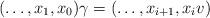
LaTeX: \begin{align*} (\ldots, x_1, x_0)\gamma = (\ldots, x_{i+1}, x_i v) \end{align*}